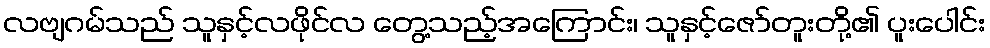
လဗျဂမ်သည် သူနှင့်လဖိုင်လ တွေ့သည့်အကြောင်း၊ သူနှင့်ဇော်တူးတို့၏ ပူးပေါင်း